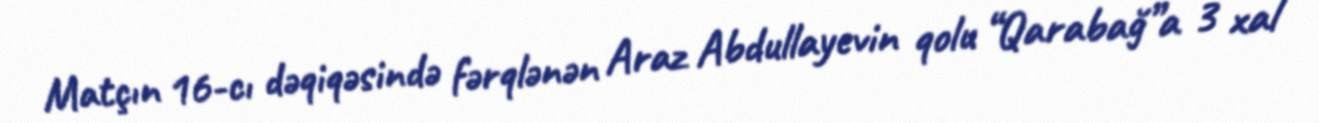
Matçın 16-cı dəqiqəsində fərqlənən Araz Abdullayevin qolu “Qarabağ”a 3 xal